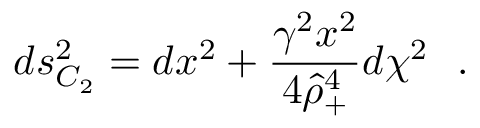
d s _ { C _ { 2 } } ^ { 2 } = d x ^ { 2 } + { \frac { \gamma ^ { 2 } x ^ { 2 } } { 4 \hat { \rho } _ { + } ^ { 4 } } } d \chi ^ { 2 } ~ ~ .